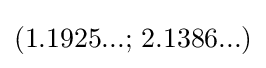
(1.1925...;\,2.1386...)